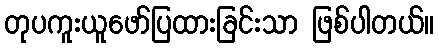
တုပကူးယူဖော်ပြထားခြင်းသာ ဖြစ်ပါတယ်။